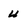
Character: u